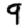
Digit: 9